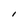
Character: l